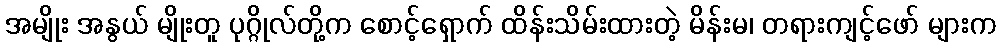
အမျိုး အနွယ် မျိုးတူ ပုဂ္ဂိုလ်တို့က စောင့်ရှောက် ထိန်းသိမ်းထားတဲ့ မိန်းမ၊ တရားကျင့်ဖော် များက